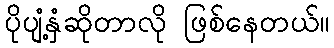
ပိုပျံ့နှံဆိုတာလို ဖြစ်နေတယ်။